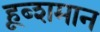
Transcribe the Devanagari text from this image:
हूब्शमान